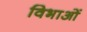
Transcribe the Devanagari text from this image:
विभाओं